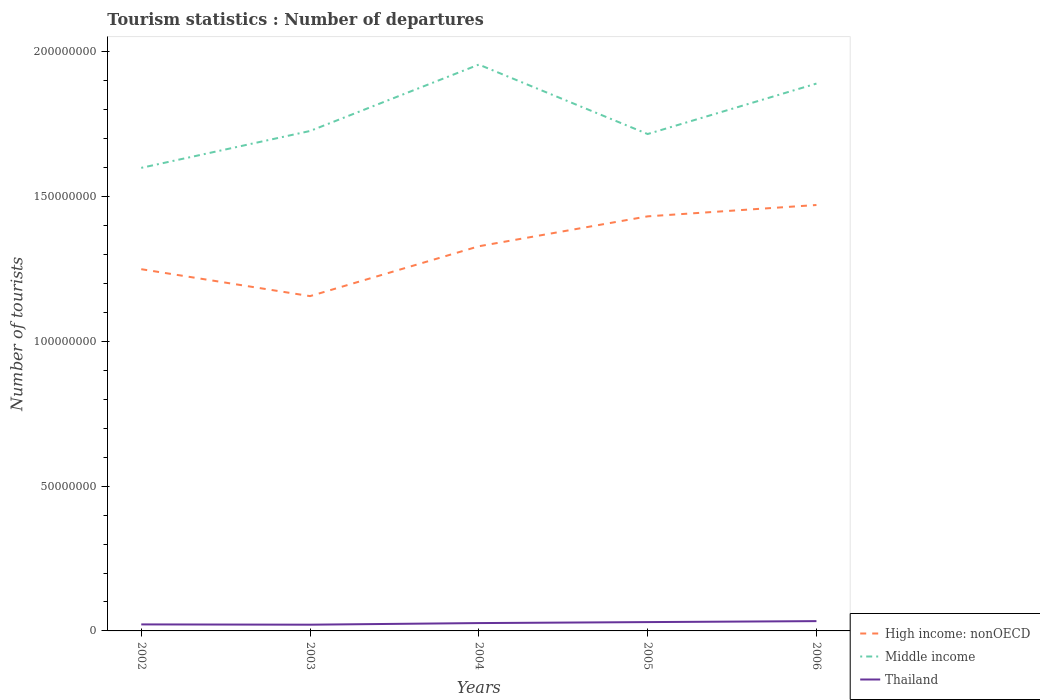
| Years | High income: nonOECD | Middle income | Thailand |
 | --- | --- | --- | --- |
 | 2002 | 1.25e+08 | 1.6e+08 | 2.25e+06 |
 | 2003 | 1.16e+08 | 1.73e+08 | 2.15e+06 |
 | 2004 | 1.33e+08 | 1.96e+08 | 2.71e+06 |
 | 2005 | 1.43e+08 | 1.72e+08 | 3.05e+06 |
 | 2006 | 1.47e+08 | 1.89e+08 | 3.38e+06 |